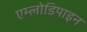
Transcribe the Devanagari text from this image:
एम्लोडिपाइन